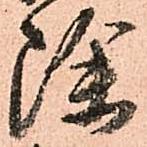
除